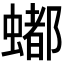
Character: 𬠩